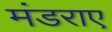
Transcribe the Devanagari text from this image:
मंडराए